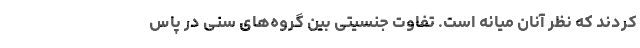
کردند که نظر آنان میانه است. تفاوت جنسیتی بین گروه‌های سنی در پاس